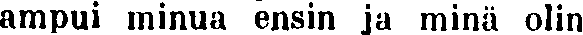
ampui minua ensin ja minä olin